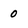
Character: O